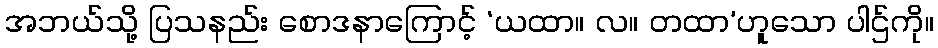
အဘယ်သို့ ပြသနည်း စောဒနာကြောင့် ‘ယထာ။ လ။ တထာ’ဟူသော ပါဌ်ကို။